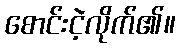
စောင်းငဲ့လိုက်၏။